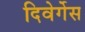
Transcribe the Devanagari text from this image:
दिवेर्गेस